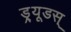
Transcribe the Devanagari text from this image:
ड्र्यूडस्